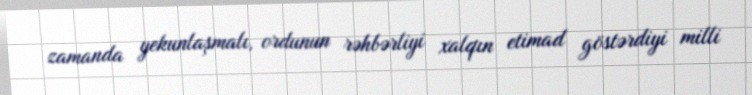
zamanda yekunlaşmalı, ordunun rəhbərliyi xalqın etimad göstərdiyi milli